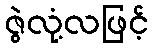
ဇွဲလုံ့လဖြင့်